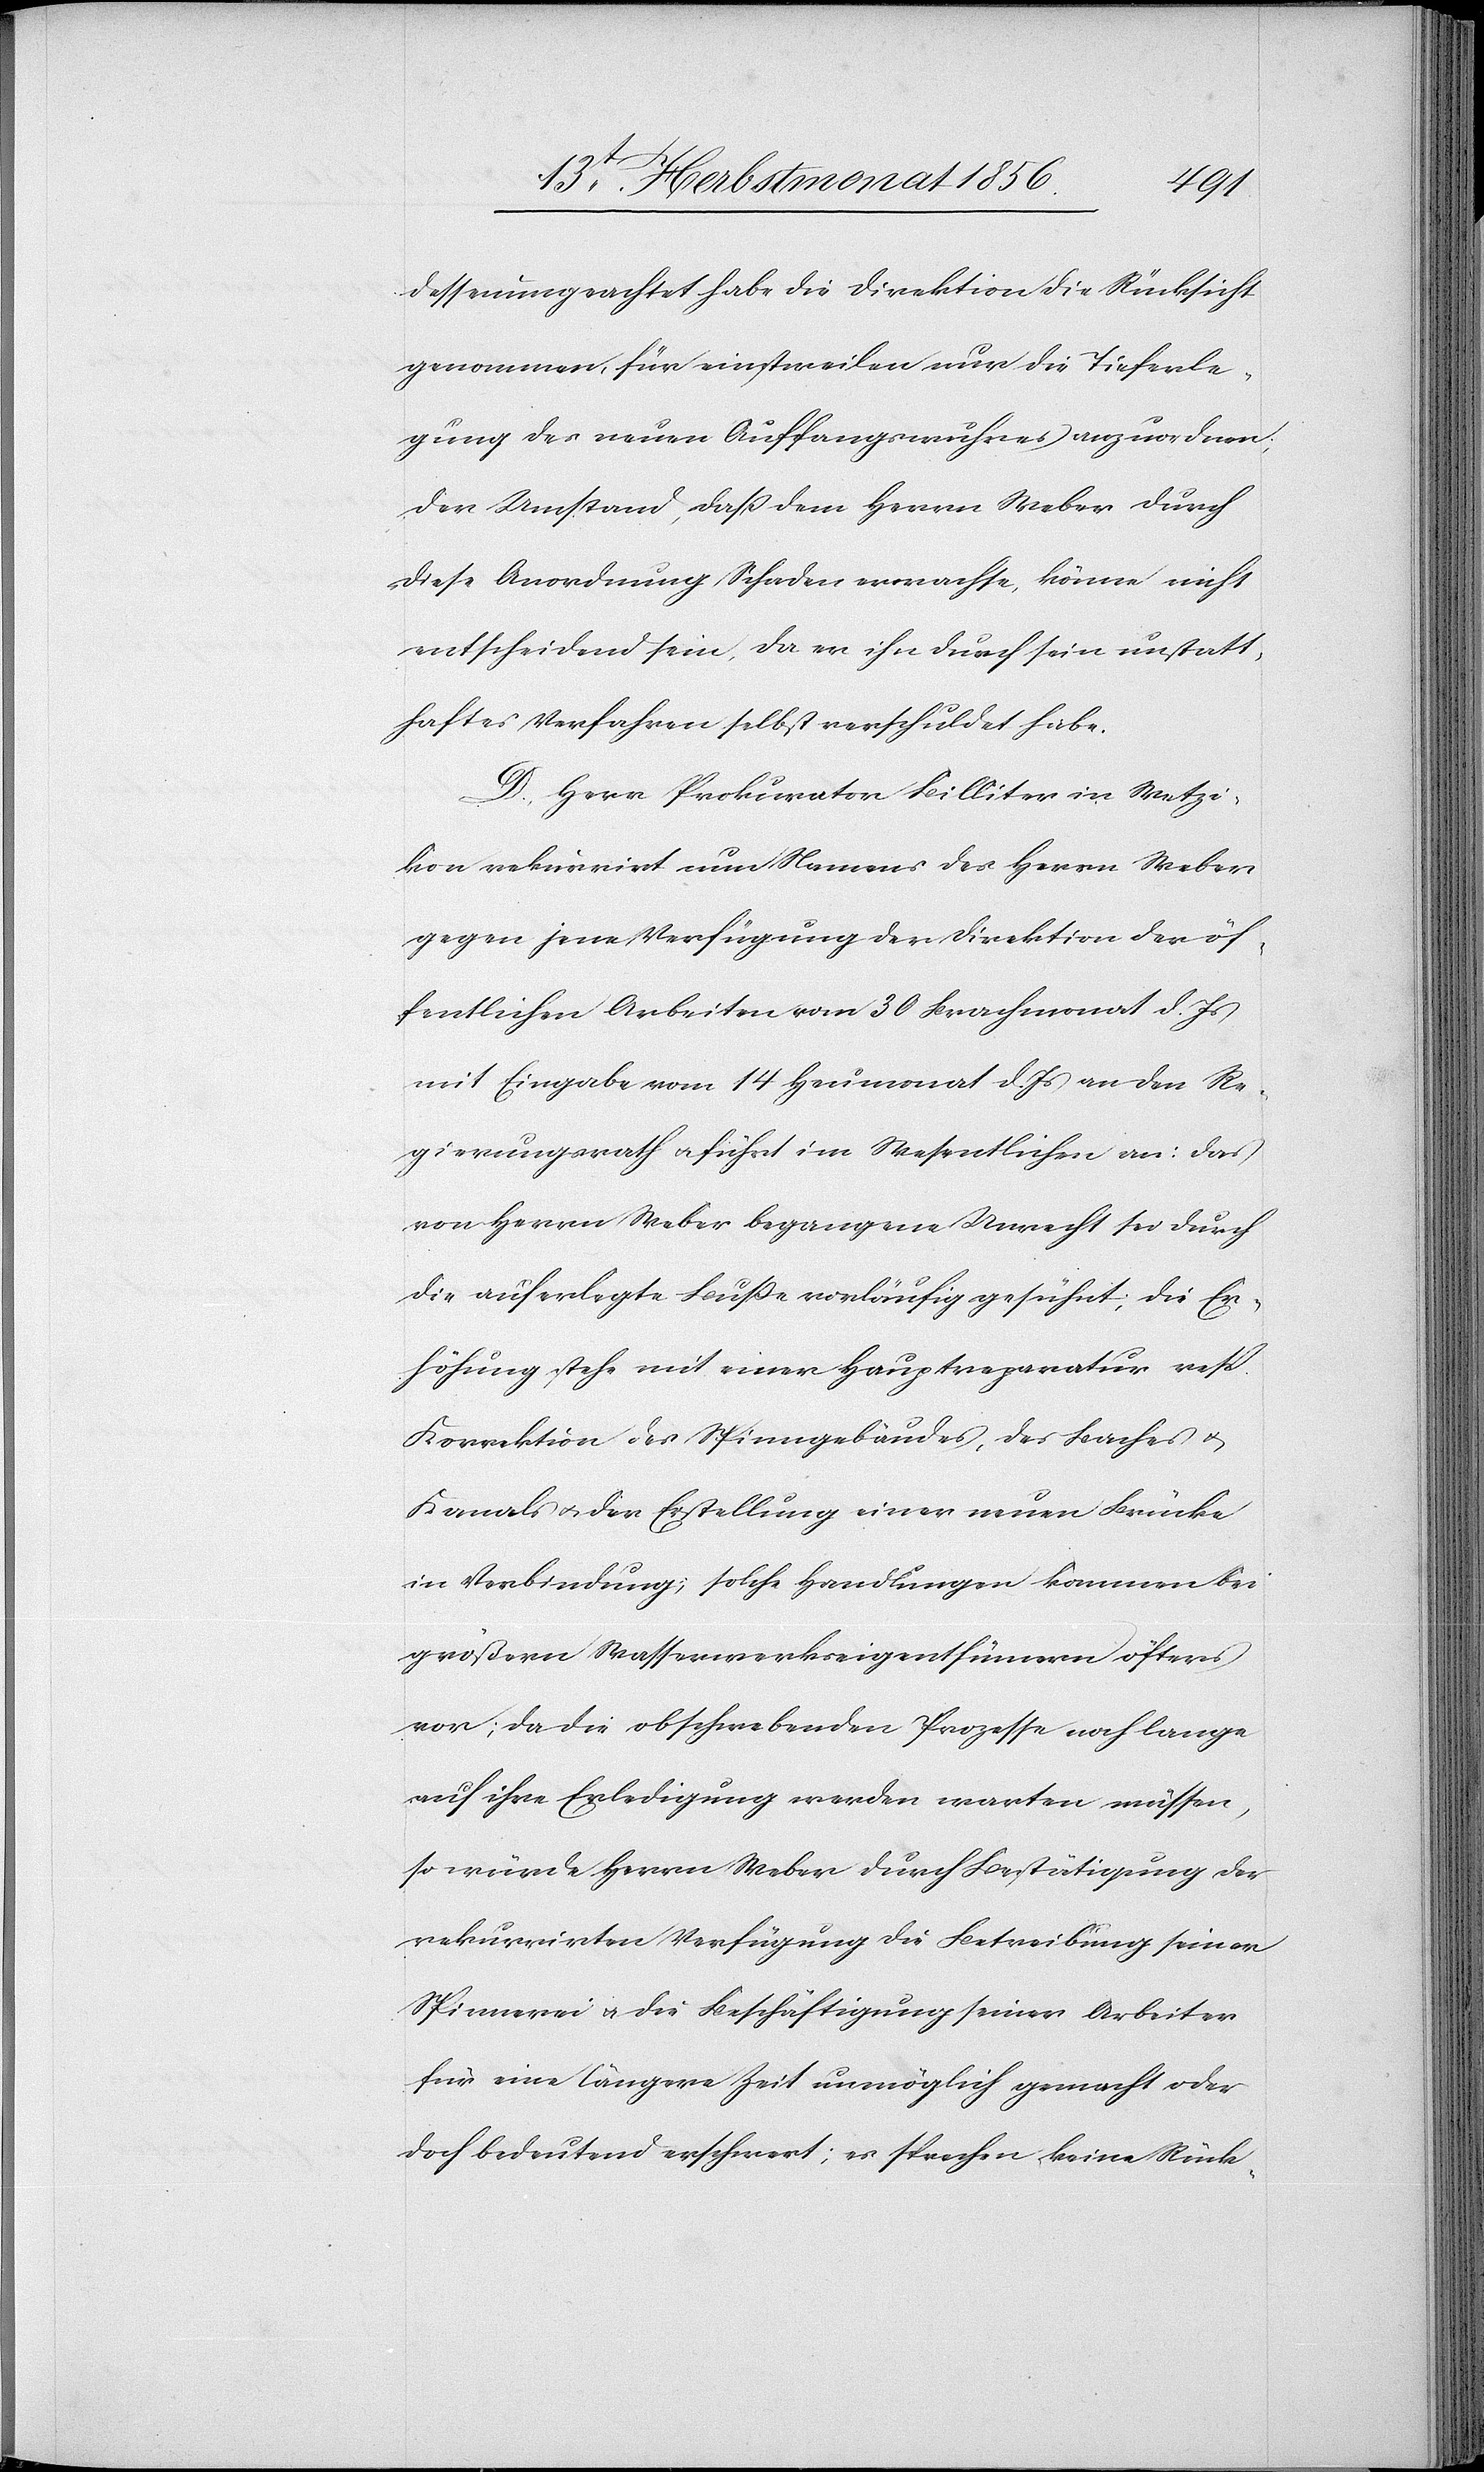
dessenungeachtet habe die Direktion Rücksicht
genommen, für einstweilen nur die Tieferle¬
gung des neuen Auffangswuhres anzuordnen;
der Umstand, dass dem Herrn Weber durch
diese Anordnung Schaden erwachse, könne nicht
entscheidend sein, da er ihn durch sein unstatt¬
haftes Verfahren selbst verschuldet habe.
D. Herr Prokurator Billiter in Wetzi¬
kon rekurrirt nun Namens des Herrn Weber
gegen jene Verfügung der Direktion der öf¬
fentlichen Arbeiten vom 30 Brachmonat d. Js
mit Eingabe vom 14 Heumonat d. Js an den Re¬
gierungsrath u. führt im Wesentlichen an: Das
von Herrn Weber begangene Unrecht sei durch
die auferlegte Buße vorläufig gesühnt; die Er¬
höhung stehe mit einer Hauptreparatur resp.
Korrektion des Spinngebäudes, des Baches u.
Kanals u. der Erstellung einer neuen Brücke
in Verbindung; solche Handlungen kommen bei
größern Wasserwerkseigenthümern öfters
vor; da die obschwebenden Prozesse noch lange
auf ihre Erledigung werden warten müssen,
so würde Herrn Weber durch Bestätigung der
rekurrirten Verfügung die Betreibung seiner
Spinnerei u. die Beschäftigung seiner Arbeiter
für eine längere Zeit unmöglich gemacht oder
doch bedeutend erschwert; es sprechen keine Rück-